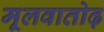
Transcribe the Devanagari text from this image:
मूलवातोढ़